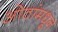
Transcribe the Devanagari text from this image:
ओठांमधून